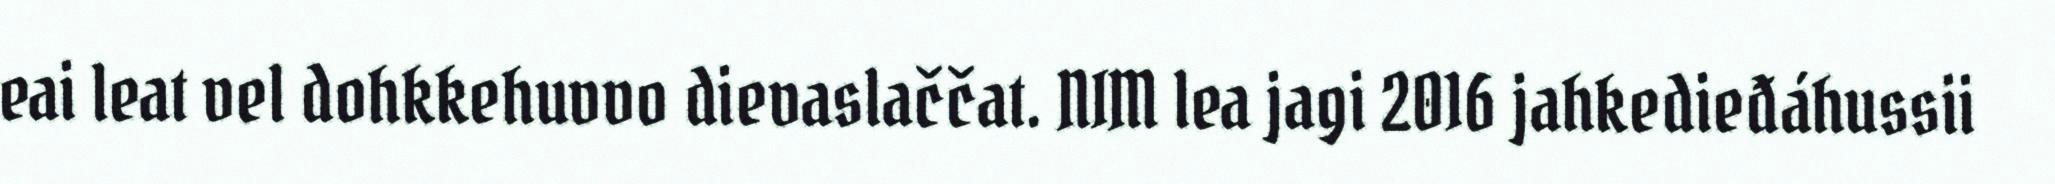
eai leat vel dohkkehuvvo dievaslaččat. NIM lea jagi 2016 jahkedieđáhussii